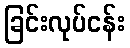
ခြင်းလုပ်ငန်း